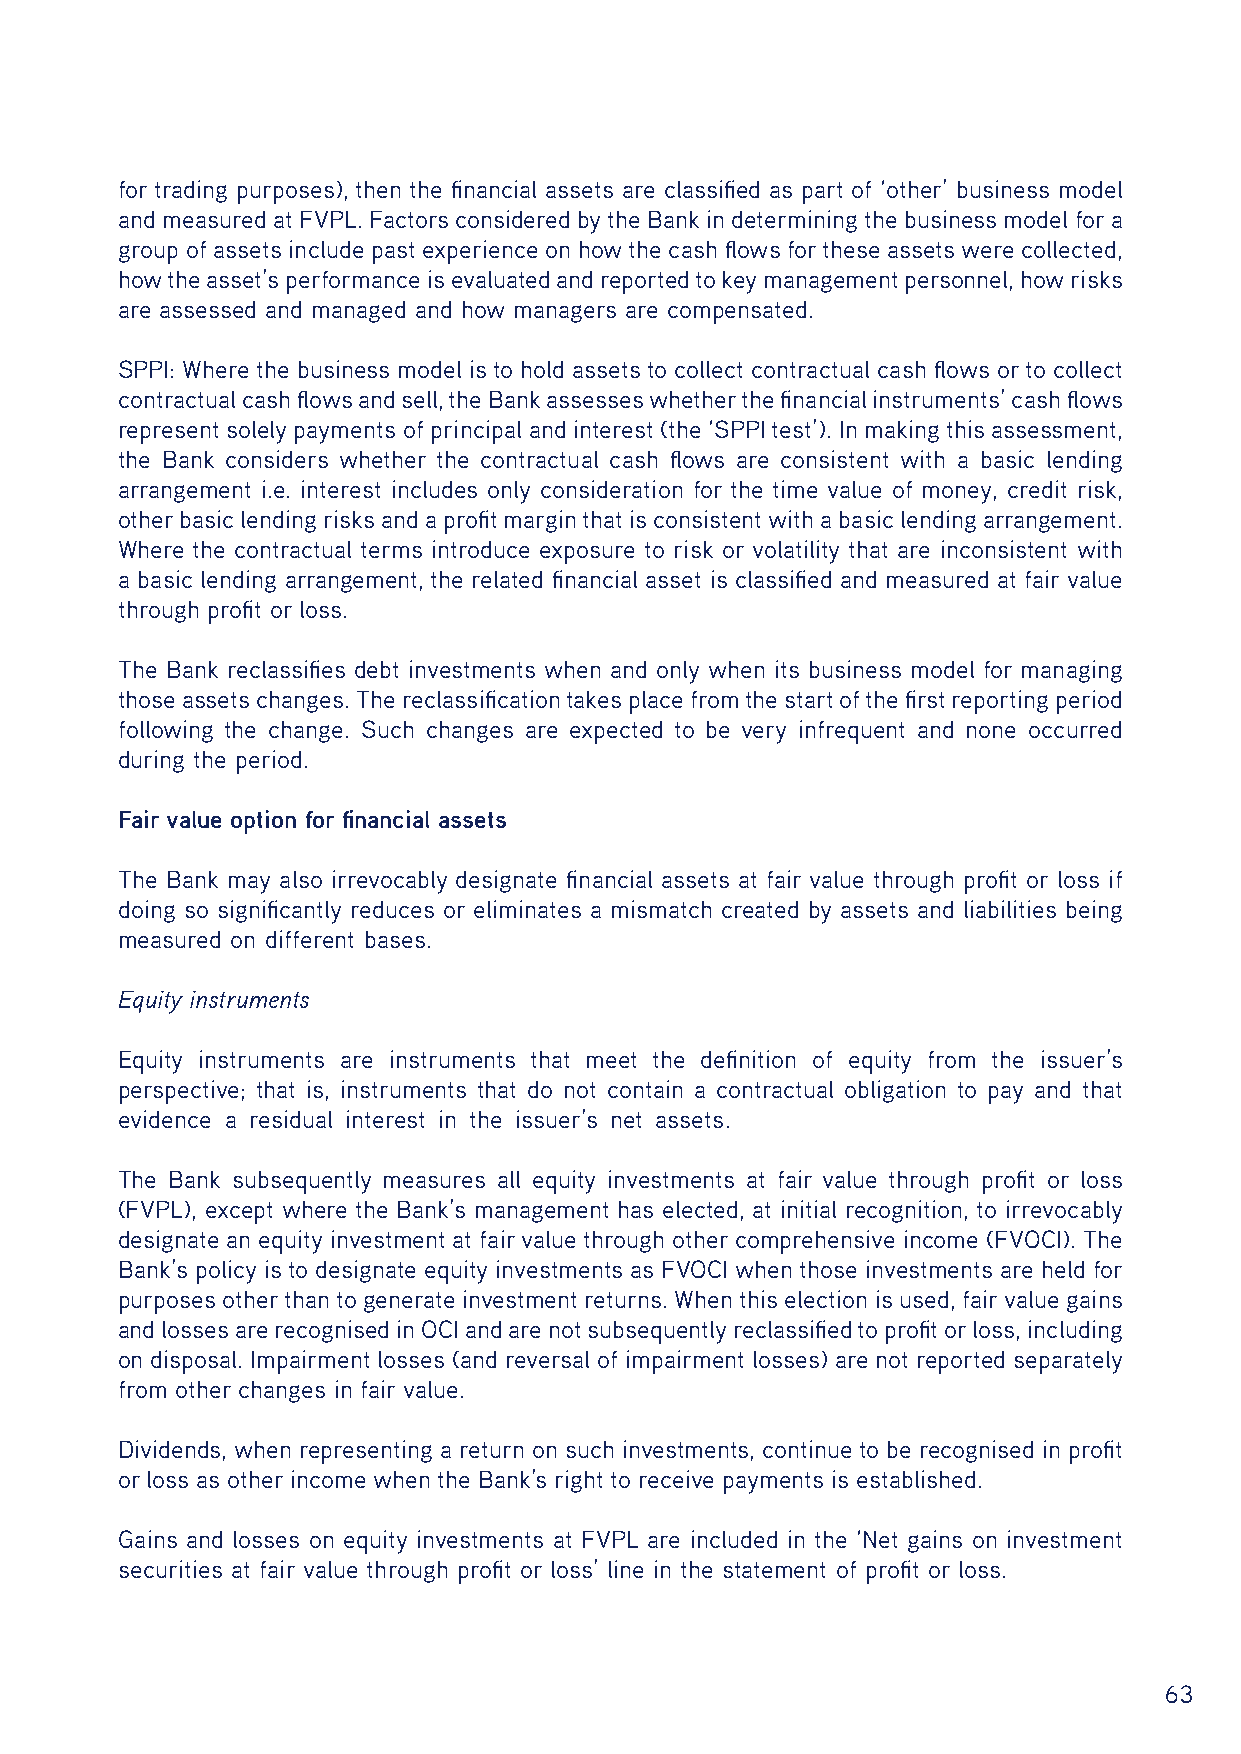
for trading purposes), then the financial assets are classified as part of ‘other’ business model
 and measured at FVPL. Factors considered by the Bank in determining the business model for a
 group of assets include past experience on how the cash flows for these assets were collected,
 how the asset’s performance is evaluated and reported to key management personnel, how risks
 are assessed and managed and how managers are compensated.
 SPPI: Where the business model is to hold assets to collect contractual cash flows or to collect
 contractual cash flows and sell, the Bank assesses whether the financial instruments’ cash flows
 represent solely payments of principal and interest (the ‘SPPI test’). In making this assessment,
 the Bank considers whether the contractual cash flows are consistent with a basic lending
 arrangement i.e. interest includes only consideration for the time value of money, credit risk,
 other basic lending risks and a profit margin that is consistent with a basic lending arrangement.
 Where the contractual terms introduce exposure to risk or volatility that are inconsistent with
 a basic lending arrangement, the related financial asset is classified and measured at fair value
 through profit or loss.
 The Bank reclassifies debt investments when and only when its business model for managing
 those assets changes. The reclassification takes place from the start of the first reporting period
 following the change. Such changes are expected to be very infrequent and none occurred
 during the period.
 Fair value option for financial assets
 The Bank may also irrevocably designate financial assets at fair value through profit or loss if
 doing so significantly reduces or eliminates a mismatch created by assets and liabilities being
 measured on different bases.
 Equity instruments
 Equity instruments are instruments that meet the definition of equity from the issuer’s
 perspective; that is, instruments that do not contain a contractual obligation to pay and that
 evidence a residual interest in the issuer’s net assets.
 The Bank subsequently measures all equity investments at fair value through profit or loss
 (FVPL), except where the Bank’s management has elected, at initial recognition, to irrevocably
 designate an equity investment at fair value through other comprehensive income (FVOCI). The
 Bank’s policy is to designate equity investments as FVOCI when those investments are held for
 purposes other than to generate investment returns. When this election is used, fair value gains
 and losses are recognised in OCI and are not subsequently reclassified to profit or loss, including
 on disposal. Impairment losses (and reversal of impairment losses) are not reported separately
 from other changes in fair value.
 Dividends, when representing a return on such investments, continue to be recognised in profit
 or loss as other income when the Bank’s right to receive payments is established.
 Gains and losses on equity investments at FVPL are included in the ‘Net gains on investment
 securities at fair value through profit or loss’ line in the statement of profit or loss.
 63